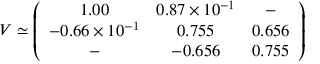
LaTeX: V \simeq \left( \begin{array} { c c c } { { 1 . 0 0 } } & { { 0 . 8 7 \times 1 0 ^ { - 1 } } } & { { - } } \\ { { - 0 . 6 6 \times 1 0 ^ { - 1 } } } & { { 0 . 7 5 5 } } & { { 0 . 6 5 6 } } \\ { { - } } & { { - 0 . 6 5 6 } } & { { 0 . 7 5 5 } } \end{array} \right)